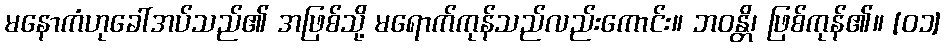
မနောကံဟုခေါ်အပ်သည်၏ အဖြစ်သို့ မရောက်ကုန်သည်လည်းကောင်း။ ဘဝန္တိ၊ ဖြစ်ကုန်၏။ [၀၁]